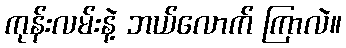
ကုန်းလမ်းနဲ့ ဘယ်လောက် ကြာလဲ။